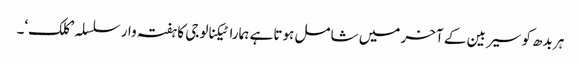
ہر بدھ کو سیربین کے آخر میں شامل ہوتا ہے ہمارا ٹیکنالوجی کا ہفتہ وار سلسلہ ’کلک‘۔